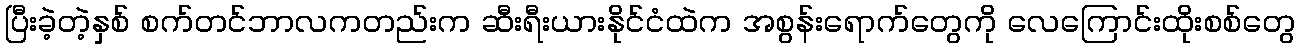
ပြီးခဲ့တဲ့နှစ် စက်တင်ဘာလကတည်းက ဆီးရီးယားနိုင်ငံထဲက အစွန်းရောက်တွေကို လေကြောင်းထိုးစစ်တွေ